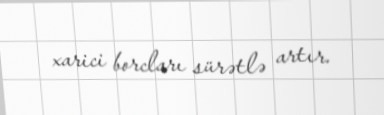
xarici borcları sürətlə artır.